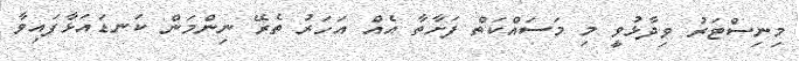
މިނިސްޓަރު ވިދާޅުވީ މި މަސައްކަތް ފަށާތާ އެއް އަހަރު ތެރޭ ނިންމަން ކަނޑައަޅާފައިވާ